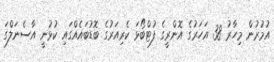
އުމުރުން މިހާރު 38 އަހަރުގެ އޮންރީގެ ފުޓްބޯޅަ ކެރިއަރުގެ ބޮޑުބައެއްގައި ކުޅުނީ އާސެނަލްގަ